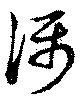
称